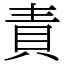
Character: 責